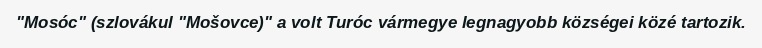
"Mosóc" (szlovákul "Mošovce)" a volt Turóc vármegye legnagyobb községei közé tartozik.